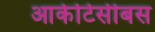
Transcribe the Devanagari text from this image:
आर्कटिसीबस